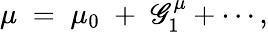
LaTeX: \mu\; =\; \mu_{0}\; +\; \mathscr{G}_{1}^{\mu}+\cdots,